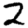
Digit: 2